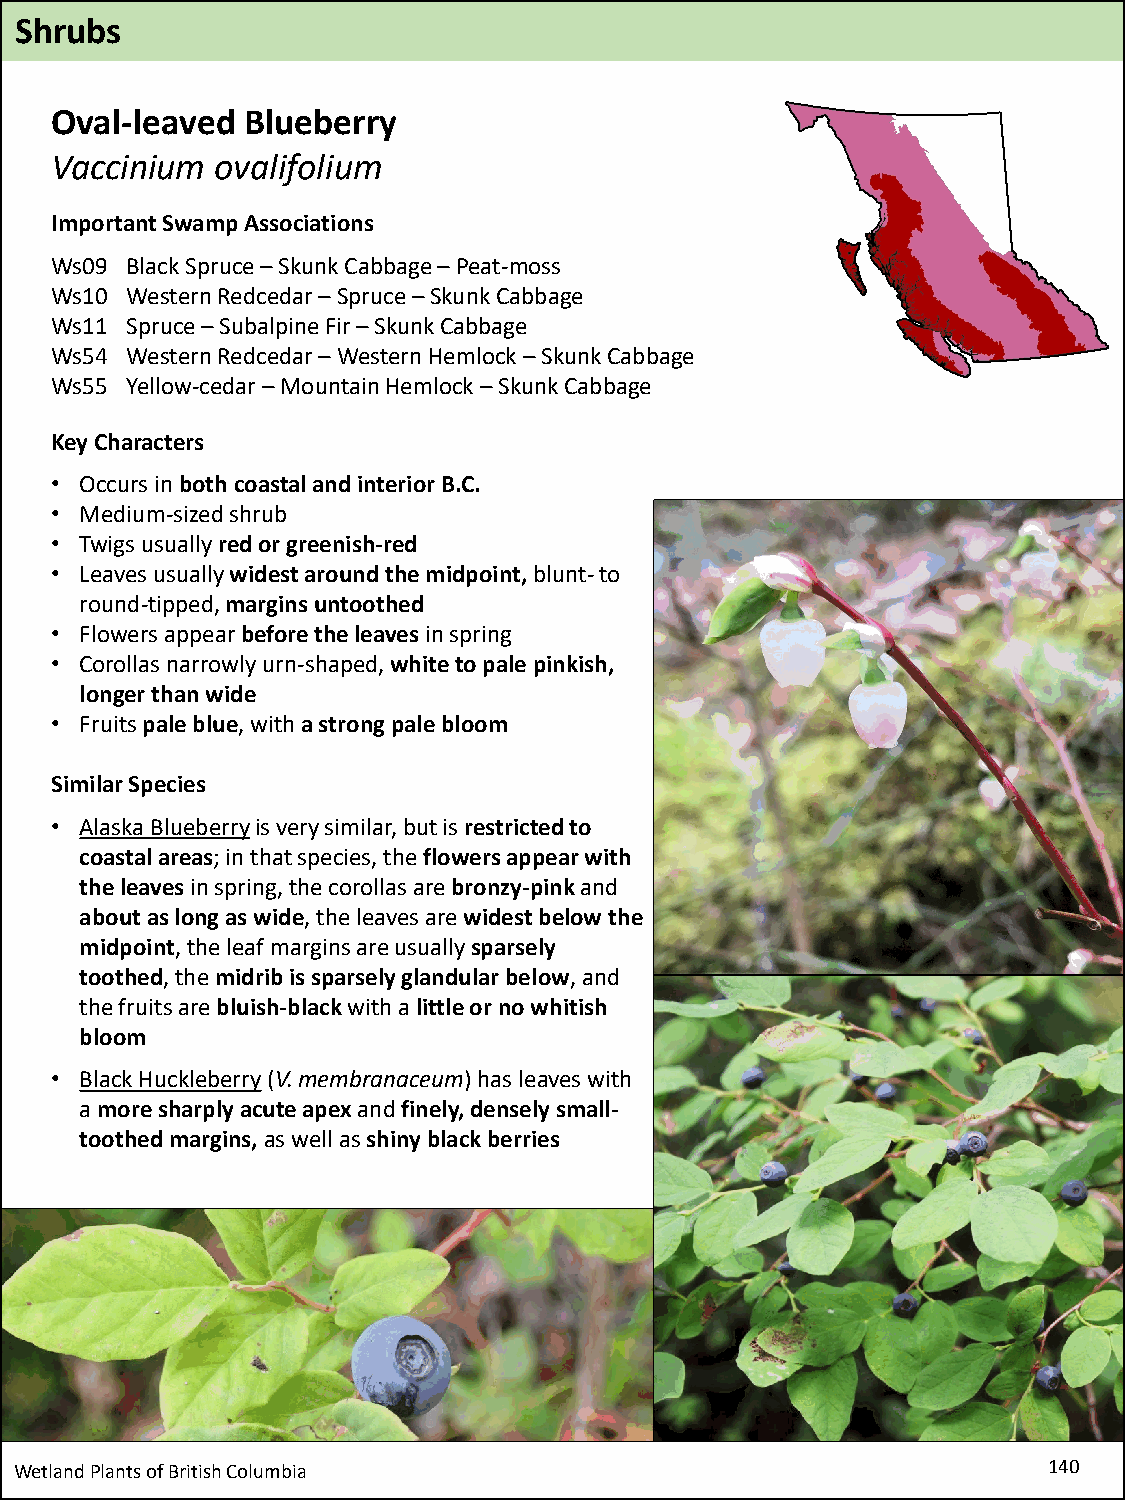
Shrubs
 Oval-leaved  Blueberry
 Vaccinium  ovalifolium
 Important Swamp Associations
 Ws09 Black Spruce –Skunk Cabbage –Peat-moss
 Ws10 Western Redcedar–Spruce –Skunk Cabbage
 Ws11 Spruce –Subalpine Fir –Skunk Cabbage
 Ws54 Western Redcedar–Western Hemlock –Skunk Cabbage
 Ws55 Yellow-cedar –Mountain Hemlock –Skunk Cabbage
 Key Characters
 • Occurs in both coastal and interior B.C.
 • Medium-sized shrub
 • Twigs usually red or greenish-red
 • Leaves usually widest around the midpoint, blunt-to
 round-tipped, margins untoothed
 • Flowers appear before the leavesin spring
 • Corollas narrowly urn-shaped, white to pale pinkish,
 longer than wide
 • Fruits pale blue, with a strong pale bloom
 Similar Species
 • Alaska Blueberryis very similar, but is restricted to
 coastal areas; in that species, the flowers appear with
 the leavesin spring, the corollas are bronzy-pinkand
 about as long as wide, the leaves are widest below the
 midpoint, the leaf margins are usually sparsely
 toothed, the midrib is sparsely glandular below, and
 the fruits are bluish-black with a little or no whitish
 bloom
 • Black Huckleberry(V. membranaceum) has leaves with
 a more sharply acute apex and finely, densely small-
 toothed margins, as well as shiny black berries
 Wetland Plants of British Columbia                                  140